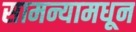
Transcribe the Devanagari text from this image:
सामन्यामधून